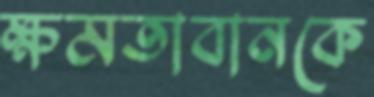
ক্ষমতাবানকে